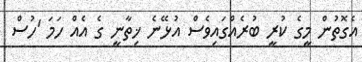
އެގޮތުން މީގެ ކުރީ ބުރެއްގައިވެސް އުޅޭނެ ޚިތާނީ ގެ އެއް ހަމަ 'ހުސް